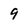
Character: 9